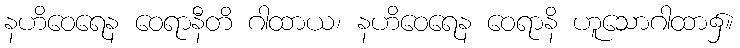
နဟိဝေရေန ဝေရာနီတိ ဂါထာယ၊ နဟိဝေရေန ဝေရာနိ ဟူသောဂါထာ၌။